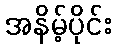
အနိမ့်ပိုင်း